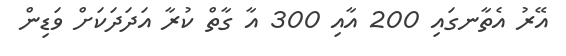
އޭރު އެތާނގައި 200 އާއި 300 އާ ގާތް ކުރާ އަދަދަކަށް ވަޑިން